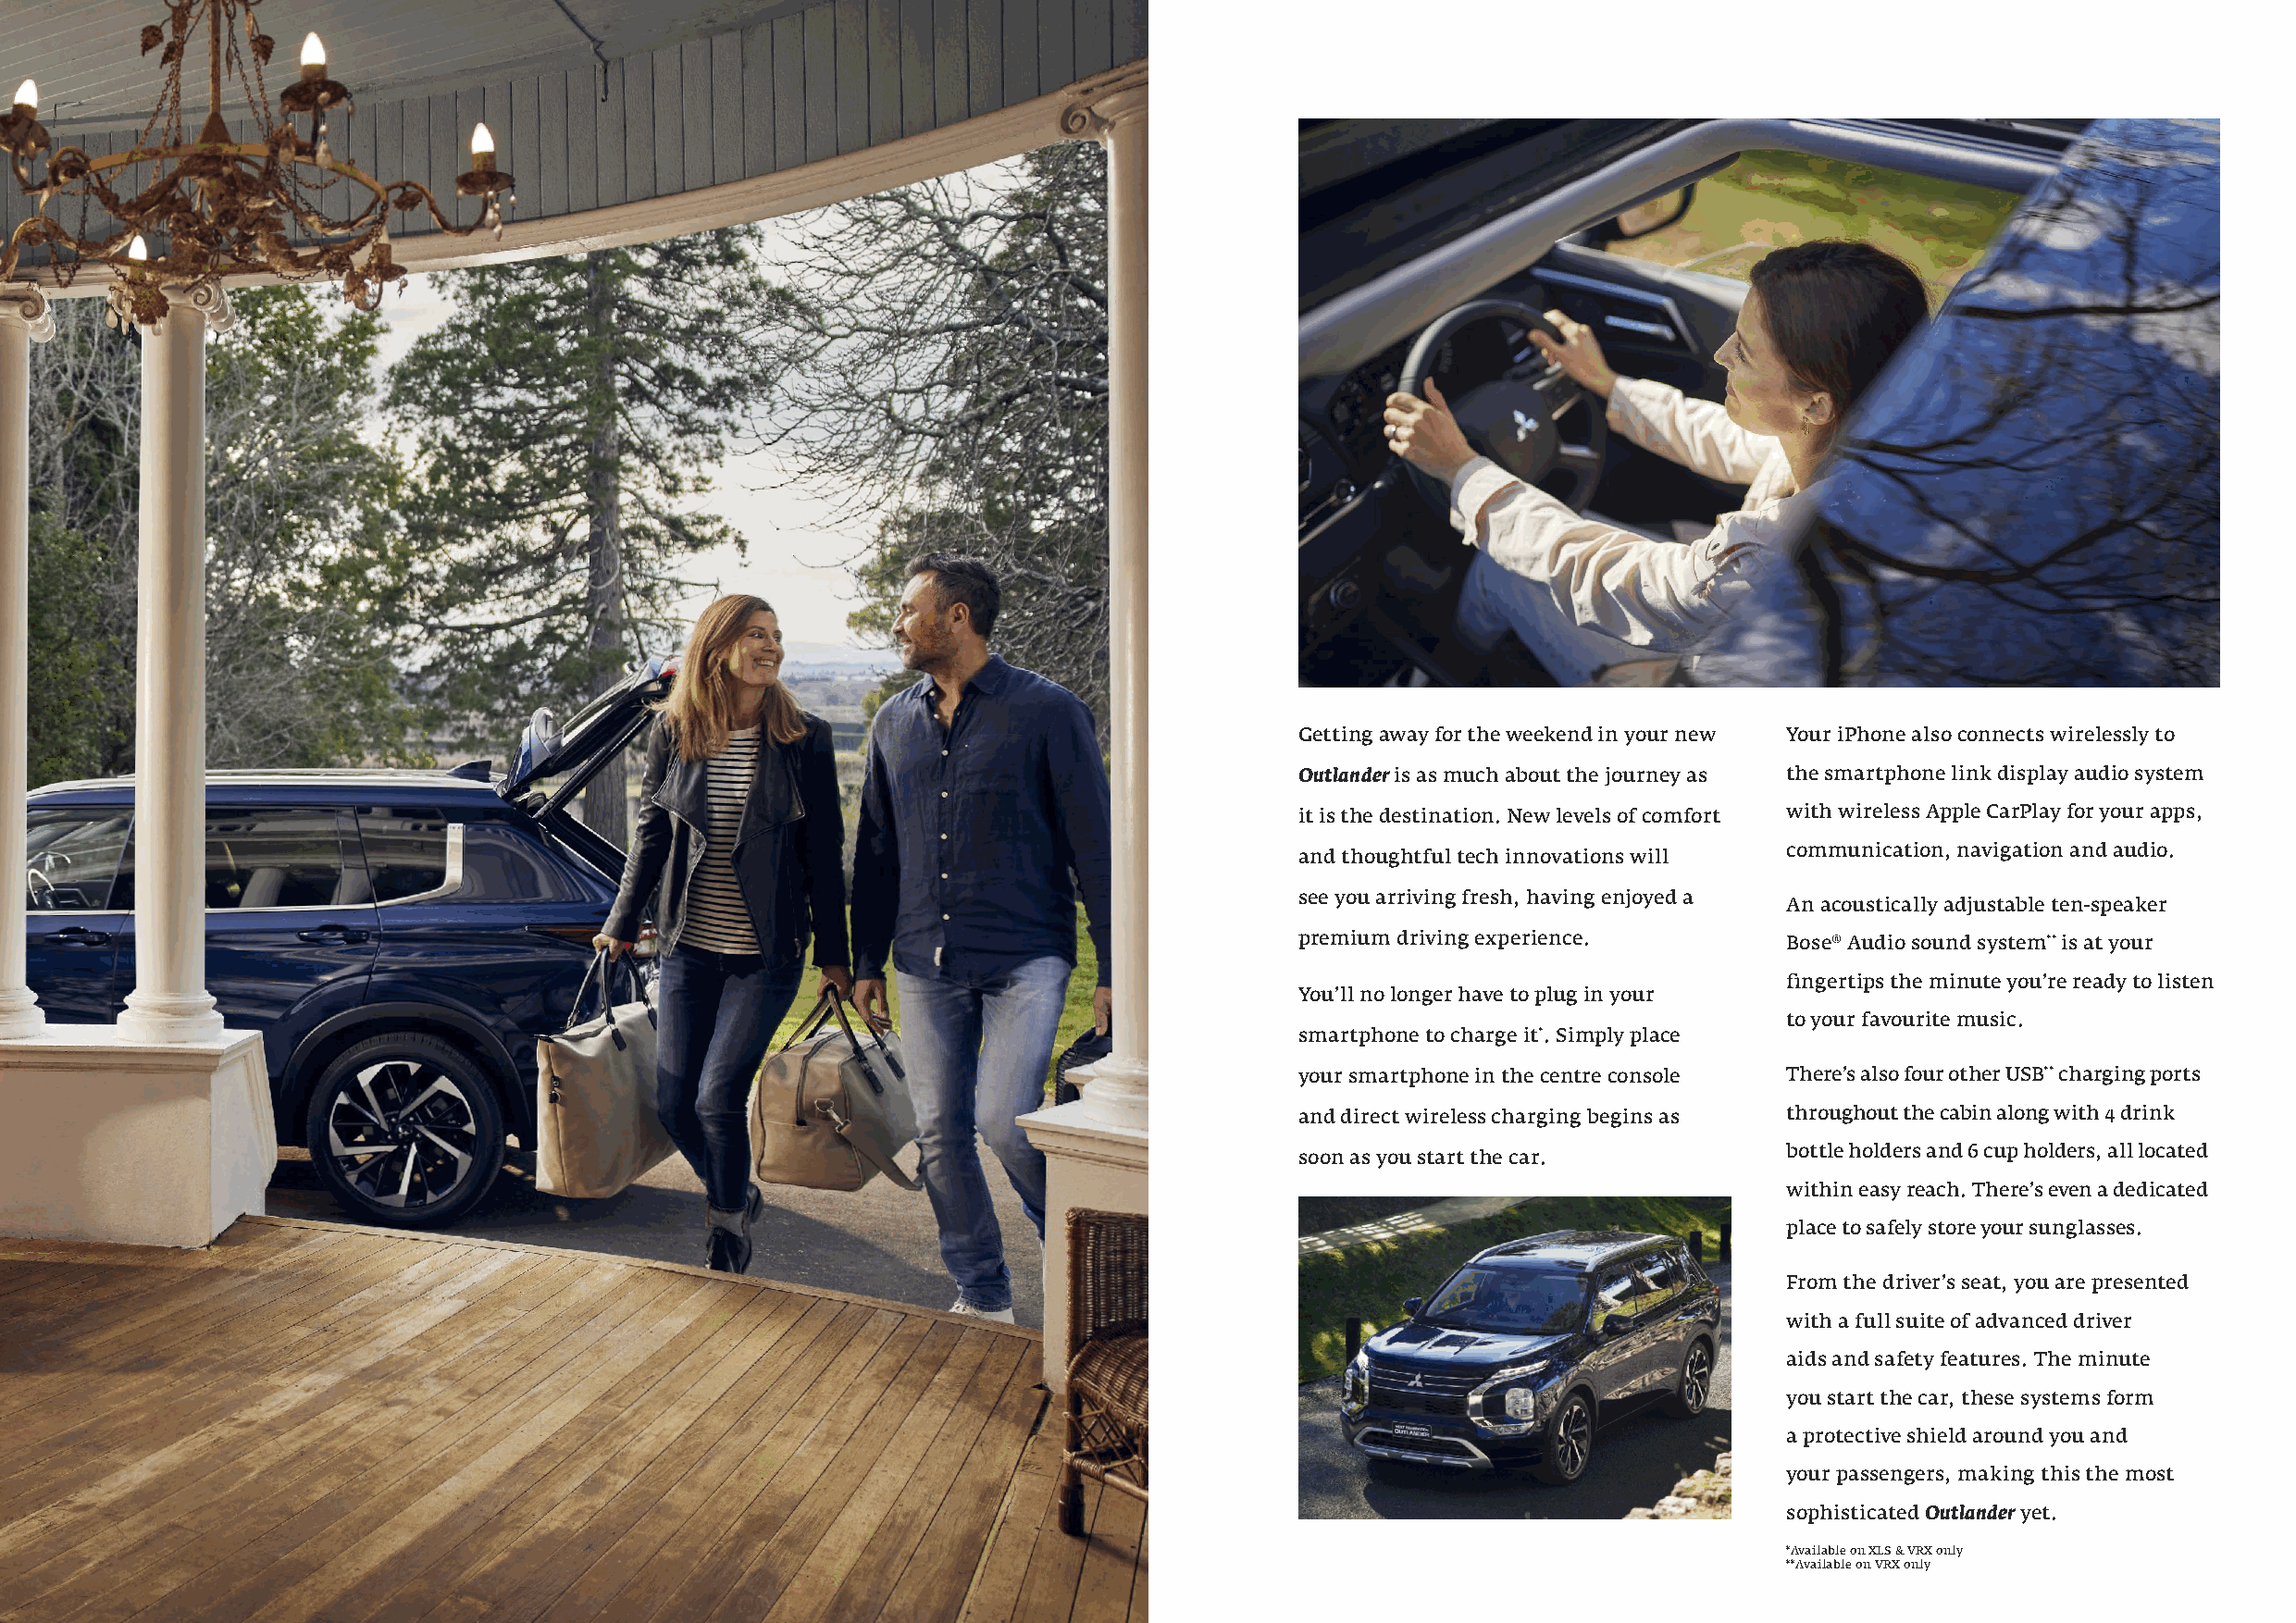
Getting away for the weekend in your new Your iPhone also connects wirelessly to
 Outlander is as much about the journey as the smartphone link display audio system
 it is the destination. New levels of comfort with wireless Apple CarPlay for your apps,
 communication, navigation and audio.
 and thoughtful tech innovations will
 see you arriving fresh, having enjoyed a
 An acoustically adjustable ten-speaker
 premium driving experience.        Bose® Audio sound system** is at your
 fingertips the minute you’re ready to listen
 You’ll no longer have to plug in your
 to your favourite music.
 smartphone to charge it*. Simply place
 your smartphone in the centre console There’s also four other USB** charging ports
 and direct wireless charging begins as throughout the cabin along with 4 drink
 bottle holders and 6 cup holders, all located
 soon as you start the car.
 within easy reach. There’s even a dedicated
 place to safely store your sunglasses.
 From the driver’s seat, you are presented
 with a full suite of advanced driver
 aids and safety features. The minute
 you start the car, these systems form
 a protective shield around you and
 your passengers, making this the most
 Outlander
 sophisticated   yet.
 * Available on XLS & VRX only
 **Available on VRX only